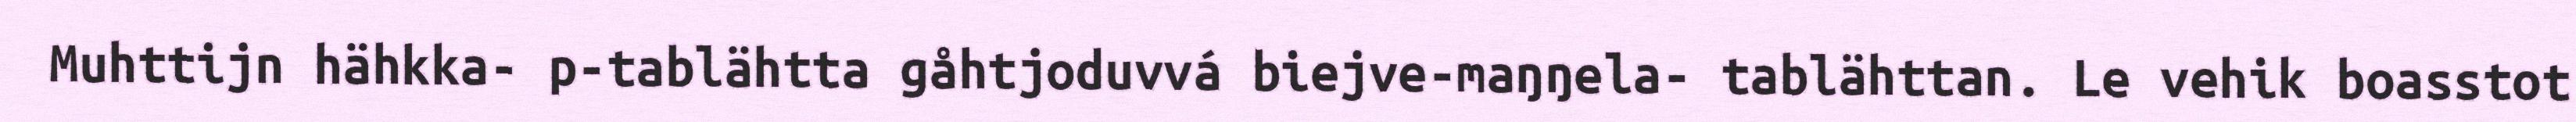
Muhttijn hähkka- p-tablähtta gåhtjoduvvá biejve-maŋŋela- tablähttan. Le vehik boasstot